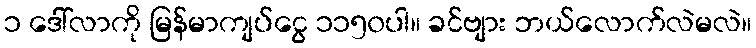
၁ ဒေါ်လာကို မြန်မာကျပ်ငွေ ၁၁၅၀ပါ။ ခင်ဗျား ဘယ်လောက်လဲမလဲ။